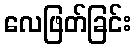
လေဖြတ်ခြင်း